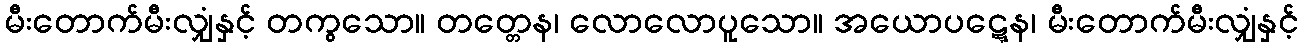
မီးတောက်မီးလျှံနှင့် တကွသော။ တတ္တေန၊ လောလောပူသော။ အယောပဋ္ဋေန၊ မီးတောက်မီးလျှံနှင့်